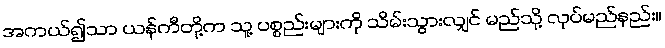
အကယ်၍သာ ယန်ကီတို့က သူ့ ပစ္စည်းများကို သိမ်းသွားလျှင် မည်သို့ လုပ်မည်နည်း။